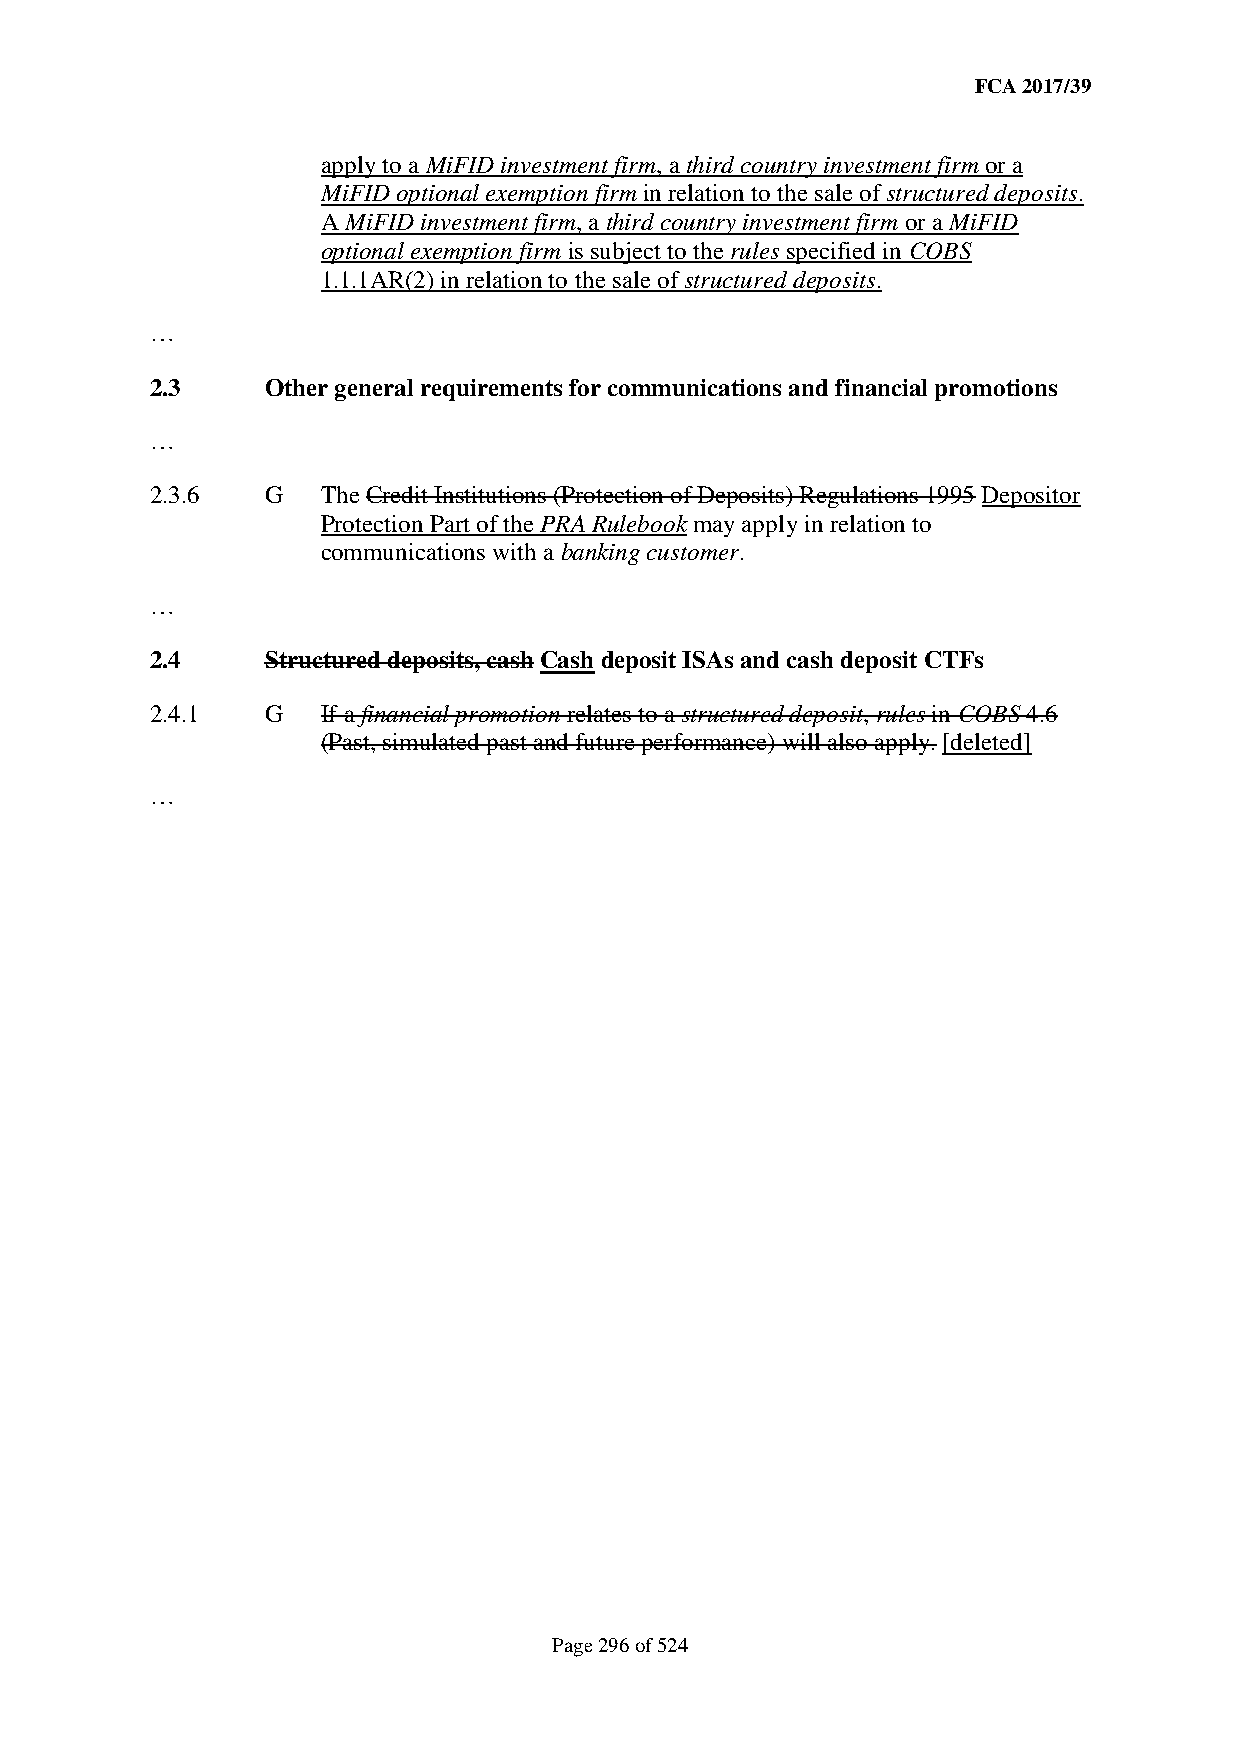
FCA 2017/39
 apply to a MiFID investment firm, a third country investment firm or a
 MiFID optional exemption firm in relation to the sale of structured deposits.
 A MiFID investment firm, a third country investment firm or a MiFID
 optional exemption firm is subject to the rules specified in COBS
 1.1.1AR(2) in relation to the sale of structured deposits.
 …
 2.3     Other general requirements for communications and financial promotions
 …
 2.3.6   G  The Credit Institutions (Protection of Deposits) Regulations 1995 Depositor
 Protection Part of the PRA Rulebook may apply in relation to
 communications with a banking customer.
 …
 2.4     Structured deposits, cash Cash deposit ISAs and cash deposit CTFs
 2.4.1   G  If a financial promotion relates to a structured deposit, rules in COBS 4.6
 (Past, simulated past and future performance) will also apply. [deleted]
 …
 Page 296 of 524